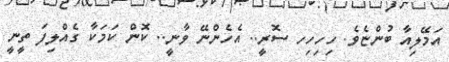
އަމޭލިއާ ބުންޏެވެ. ހިހިހިހ ސޮރީ.. އެހެންނޭ ވާނީ.. ކޮން ކަމަކާ ގެއްލިފަ ތީނީ